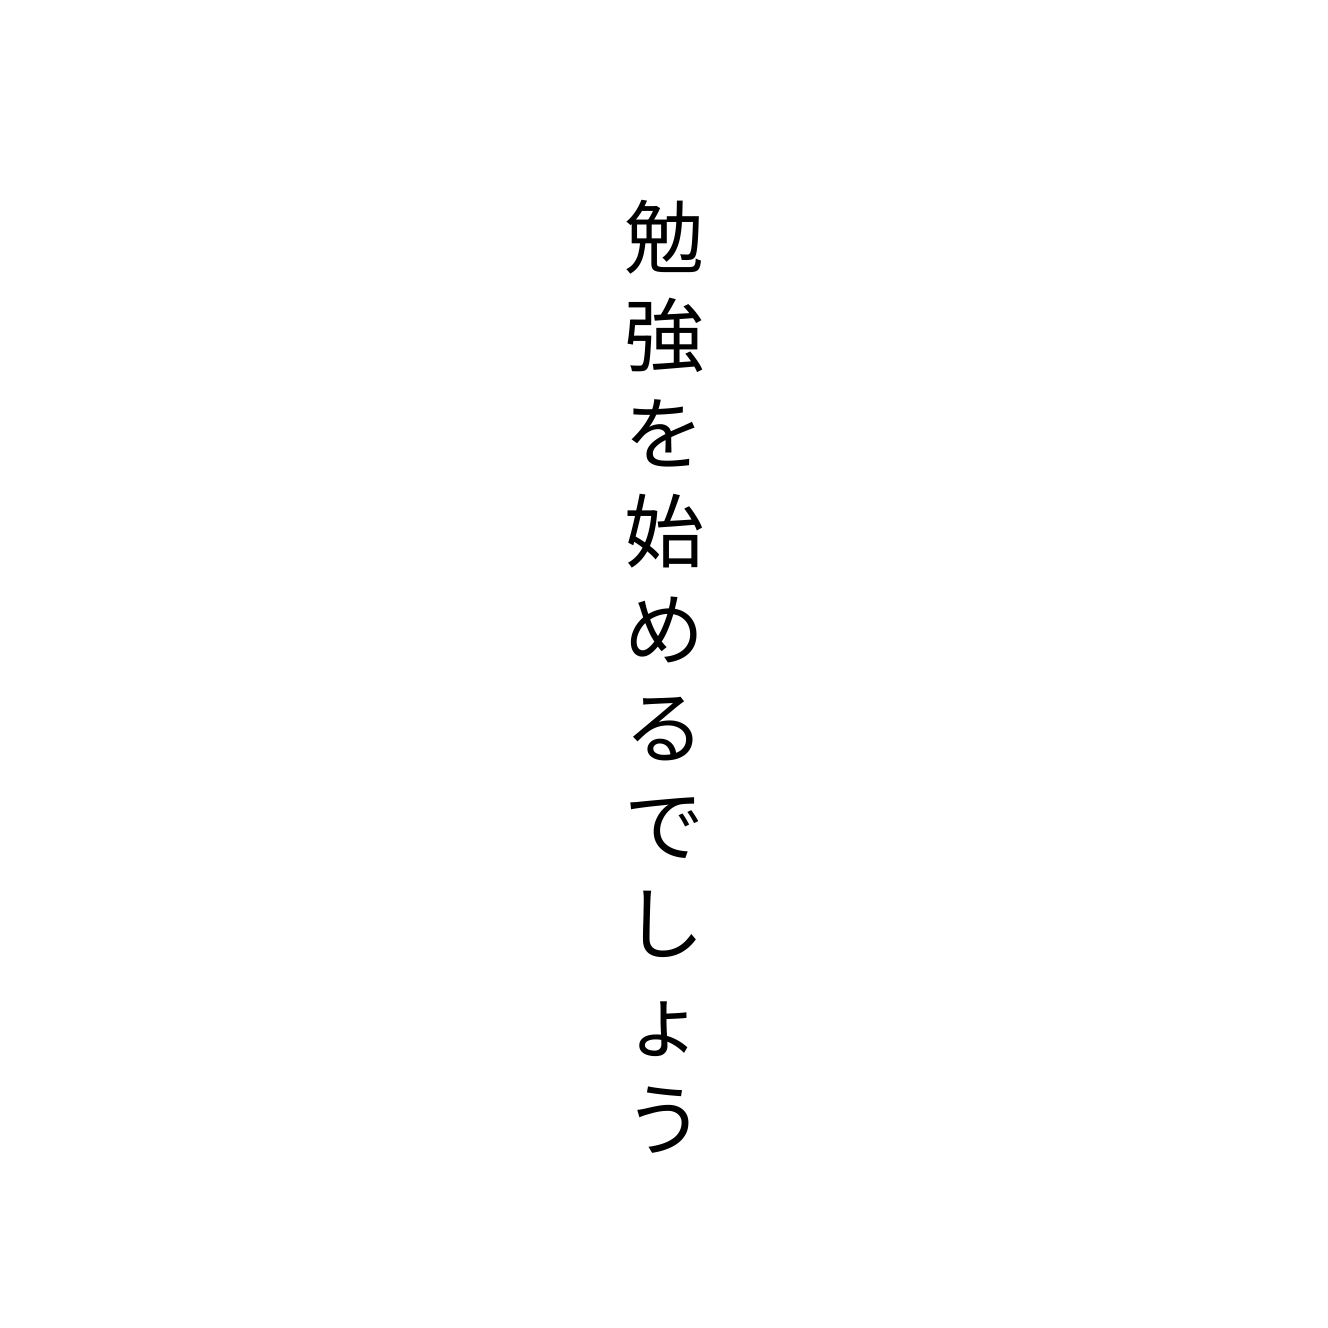
勉強を始めるでしょう